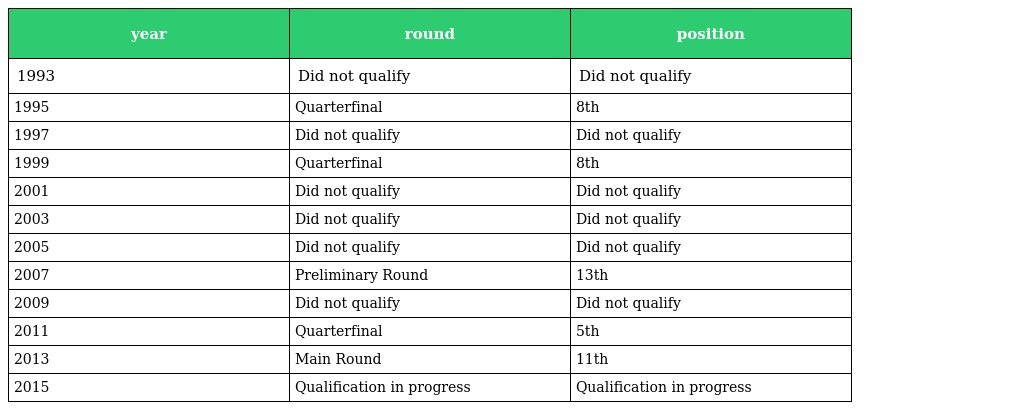
| year | round | position |
 | --- | --- | --- |
 | 1993 | Did not qualify | Did not qualify |
 | 1995 | Quarterfinal | 8th |
 | 1997 | Did not qualify | Did not qualify |
 | 1999 | Quarterfinal | 8th |
 | 2001 | Did not qualify | Did not qualify |
 | 2003 | Did not qualify | Did not qualify |
 | 2005 | Did not qualify | Did not qualify |
 | 2007 | Preliminary Round | 13th |
 | 2009 | Did not qualify | Did not qualify |
 | 2011 | Quarterfinal | 5th |
 | 2013 | Main Round | 11th |
 | 2015 | Qualification in progress | Qualification in progress |